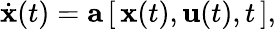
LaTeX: {\dot{\textbf{x}}}(t)={\textbf{a}}\, [\, {\textbf{x}}(t),{\textbf{u}}(t),t\, ],